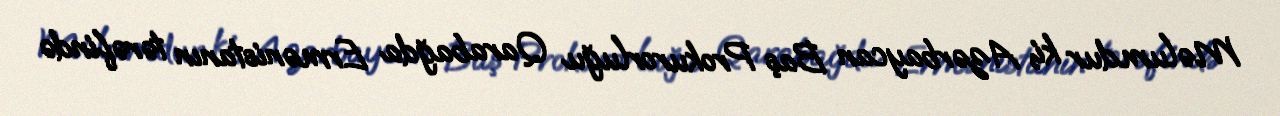
Məlumdur ki, Azərbaycan Baş Prokurorluğu Qarabağda Ermənistanın tərəfində